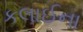
કલાઈના